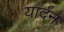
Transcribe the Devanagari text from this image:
यार्दन